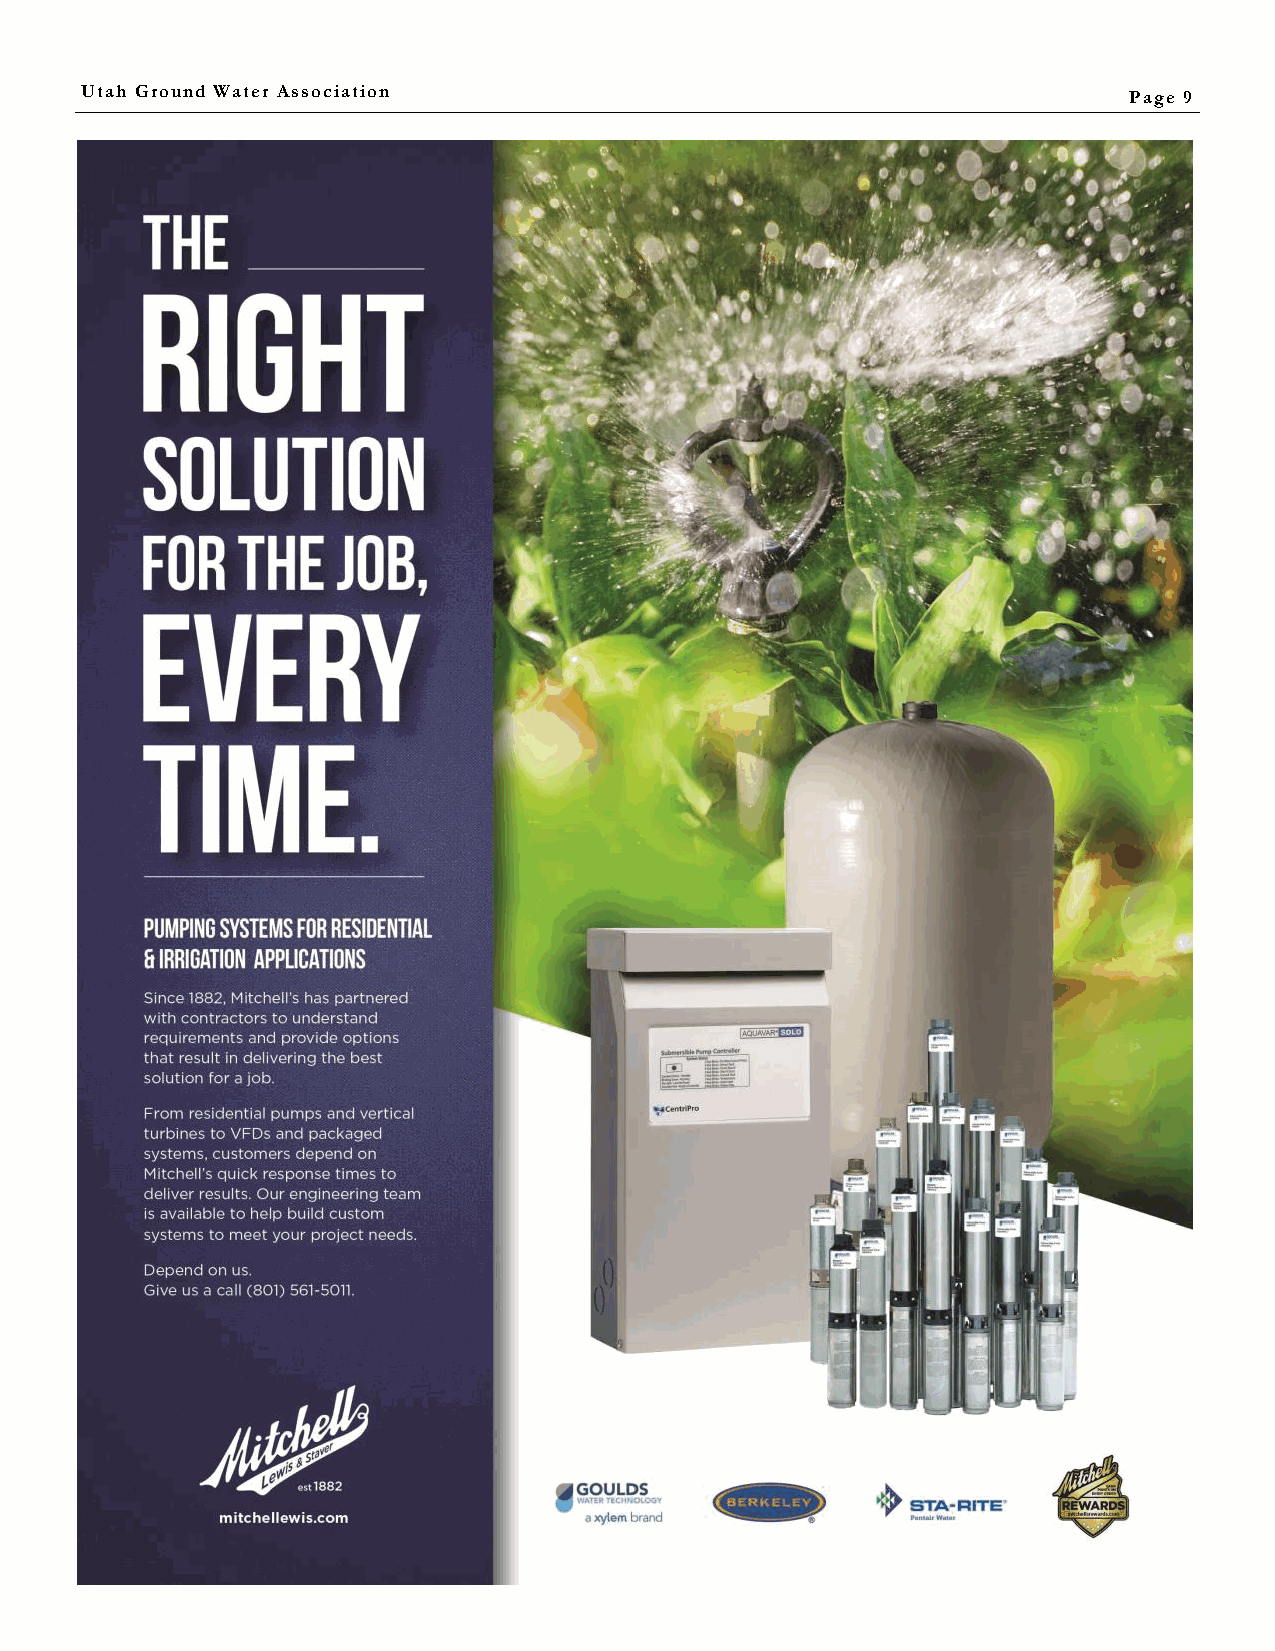
Utah Ground Water Association                                         Page 9